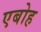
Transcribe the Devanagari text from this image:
एबोह